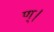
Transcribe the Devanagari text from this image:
ण्।